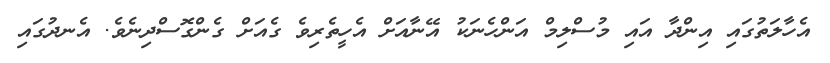
އެހާލަތުގައި އިންދާ އައި މުސްލިމް އަންހެނަކު އޭނާއަށް އެހީތެރިވެ ގެއަށް ގެންގޮސްދިނެވެ. އެނދުގައި